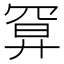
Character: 𢍔